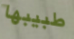
طبيبها